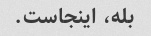
بله، اینجاست.